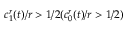
c _ { 1 } ^ { r } ( t ) / r > 1 / 2 ( c _ { 0 } ^ { r } ( t ) / r > 1 / 2 )